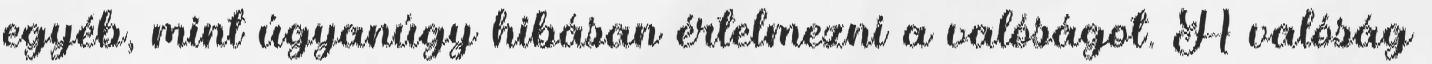
egyéb, mint úgyanúgy hibásan értelmezni a valóságot. A valóság